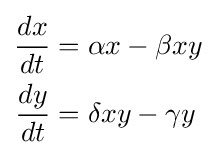
{\begin{aligned}{\frac {dx}{dt}}&=\alpha x-\beta xy\\{\frac {dy}{dt}}&=\delta xy-\gamma y\end{aligned}}